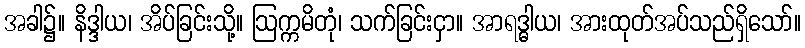
အခါ၌။ နိဒ္ဒါယ၊ အိပ်ခြင်းသို့။ ဩက္ကမိတုံ၊ သက်ခြင်းငှာ။ အာရဒ္ဓါယ၊ အားထုတ်အပ်သည်ရှိသော်။